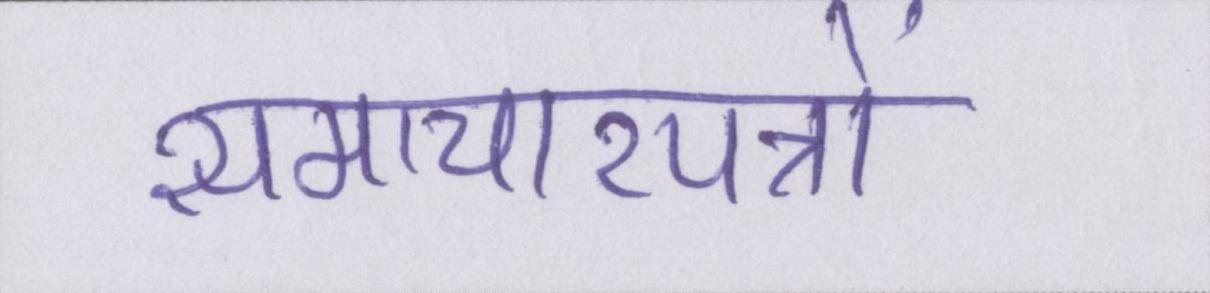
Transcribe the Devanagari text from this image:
समाचारपत्रों